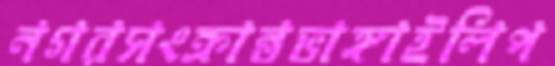
নগরসংক্রান্তভাঙ্গাইলিপ